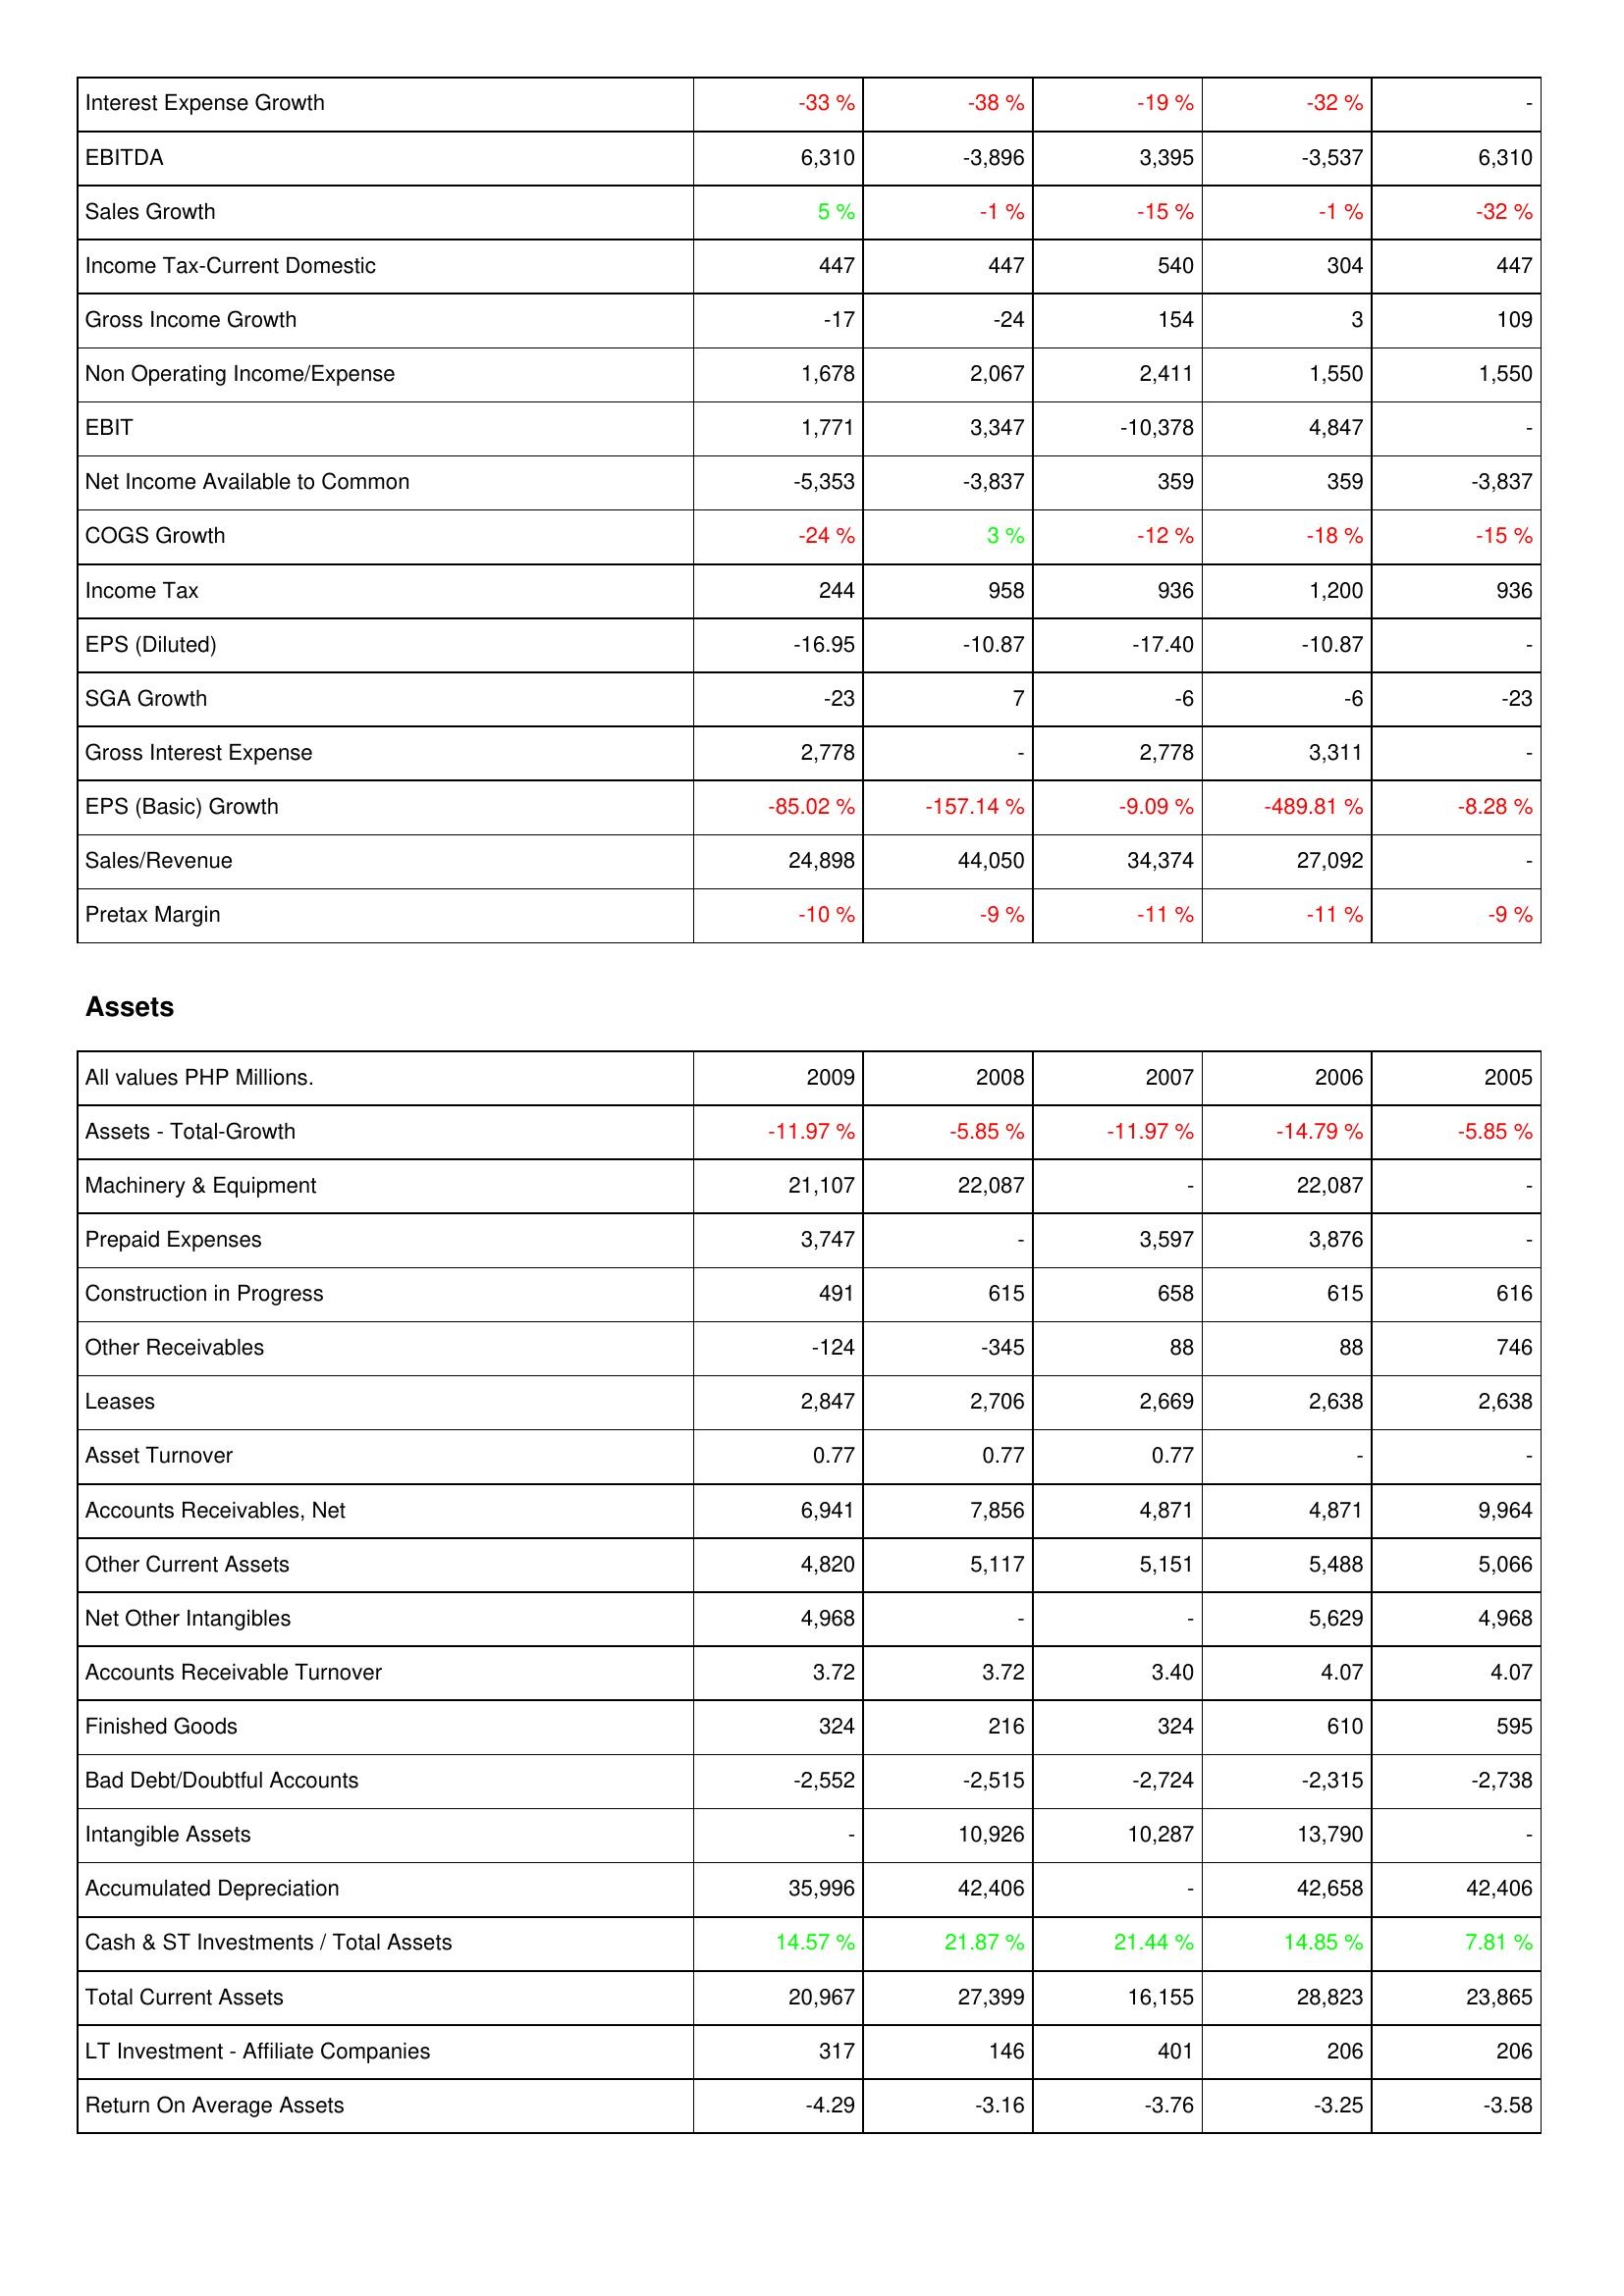
2009: Income Statement: Interest Expense Growth: -33 %
EBITDA: 6,310
Sales Growth: 5 %
Income Tax-Current Domestic: 447
Gross Income Growth: -17
Non Operating Income/Expense: 1,678
EBIT: 1,771
Net Income Available to Common: -5,353
COGS Growth: -24 %
Income Tax: 244
EPS (Diluted): -16.95
SGA Growth: -23
Gross Interest Expense: 2,778
EPS (Basic) Growth: -85.02 %
Sales/Revenue: 24,898
Pretax Margin: -10 %
Assets: Assets - Total-Growth: -11.97 %
Machinery & Equipment: 21,107
Prepaid Expenses: 3,747
Construction in Progress: 491
Other Receivables: -124
Leases: 2,847
Asset Turnover: 0.77
Accounts Receivables, Net: 6,941
Other Current Assets: 4,820
Net Other Intangibles: 4,968
Accounts Receivable Turnover: 3.72
Finished Goods: 324
Bad Debt/Doubtful Accounts: -2,552
Intangible Assets: -
Accumulated Depreciation: 35,996
Cash & ST Investments / Total Assets: 14.57 %
Total Current Assets: 20,967
LT Investment - Affiliate Companies: 317
Return On Average Assets: -4.29
2008: Income Statement: Interest Expense Growth: -38 %
EBITDA: -3,896
Sales Growth: -1 %
Income Tax-Current Domestic: 447
Gross Income Growth: -24
Non Operating Income/Expense: 2,067
EBIT: 3,347
Net Income Available to Common: -3,837
COGS Growth: 3 %
Income Tax: 958
EPS (Diluted): -10.87
SGA Growth: 7
Gross Interest Expense: -
EPS (Basic) Growth: -157.14 %
Sales/Revenue: 44,050
Pretax Margin: -9 %
Assets: Assets - Total-Growth: -5.85 %
Machinery & Equipment: 22,087
Prepaid Expenses: -
Construction in Progress: 615
Other Receivables: -345
Leases: 2,706
Asset Turnover: 0.77
Accounts Receivables, Net: 7,856
Other Current Assets: 5,117
Net Other Intangibles: -
Accounts Receivable Turnover: 3.72
Finished Goods: 216
Bad Debt/Doubtful Accounts: -2,515
Intangible Assets: 10,926
Accumulated Depreciation: 42,406
Cash & ST Investments / Total Assets: 21.87 %
Total Current Assets: 27,399
LT Investment - Affiliate Companies: 146
Return On Average Assets: -3.16
2007: Income Statement: Interest Expense Growth: -19 %
EBITDA: 3,395
Sales Growth: -15 %
Income Tax-Current Domestic: 540
Gross Income Growth: 154
Non Operating Income/Expense: 2,411
EBIT: -10,378
Net Income Available to Common: 359
COGS Growth: -12 %
Income Tax: 936
EPS (Diluted): -17.40
SGA Growth: -6
Gross Interest Expense: 2,778
EPS (Basic) Growth: -9.09 %
Sales/Revenue: 34,374
Pretax Margin: -11 %
Assets: Assets - Total-Growth: -11.97 %
Machinery & Equipment: -
Prepaid Expenses: 3,597
Construction in Progress: 658
Other Receivables: 88
Leases: 2,669
Asset Turnover: 0.77
Accounts Receivables, Net: 4,871
Other Current Assets: 5,151
Net Other Intangibles: -
Accounts Receivable Turnover: 3.40
Finished Goods: 324
Bad Debt/Doubtful Accounts: -2,724
Intangible Assets: 10,287
Accumulated Depreciation: -
Cash & ST Investments / Total Assets: 21.44 %
Total Current Assets: 16,155
LT Investment - Affiliate Companies: 401
Return On Average Assets: -3.76
2006: Income Statement: Interest Expense Growth: -32 %
EBITDA: -3,537
Sales Growth: -1 %
Income Tax-Current Domestic: 304
Gross Income Growth: 3
Non Operating Income/Expense: 1,550
EBIT: 4,847
Net Income Available to Common: 359
COGS Growth: -18 %
Income Tax: 1,200
EPS (Diluted): -10.87
SGA Growth: -6
Gross Interest Expense: 3,311
EPS (Basic) Growth: -489.81 %
Sales/Revenue: 27,092
Pretax Margin: -11 %
Assets: Assets - Total-Growth: -14.79 %
Machinery & Equipment: 22,087
Prepaid Expenses: 3,876
Construction in Progress: 615
Other Receivables: 88
Leases: 2,638
Asset Turnover: -
Accounts Receivables, Net: 4,871
Other Current Assets: 5,488
Net Other Intangibles: 5,629
Accounts Receivable Turnover: 4.07
Finished Goods: 610
Bad Debt/Doubtful Accounts: -2,315
Intangible Assets: 13,790
Accumulated Depreciation: 42,658
Cash & ST Investments / Total Assets: 14.85 %
Total Current Assets: 28,823
LT Investment - Affiliate Companies: 206
Return On Average Assets: -3.25
2005: Income Statement: Interest Expense Growth: -
EBITDA: 6,310
Sales Growth: -32 %
Income Tax-Current Domestic: 447
Gross Income Growth: 109
Non Operating Income/Expense: 1,550
EBIT: -
Net Income Available to Common: -3,837
COGS Growth: -15 %
Income Tax: 936
EPS (Diluted): -
SGA Growth: -23
Gross Interest Expense: -
EPS (Basic) Growth: -8.28 %
Sales/Revenue: -
Pretax Margin: -9 %
Assets: Assets - Total-Growth: -5.85 %
Machinery & Equipment: -
Prepaid Expenses: -
Construction in Progress: 616
Other Receivables: 746
Leases: 2,638
Asset Turnover: -
Accounts Receivables, Net: 9,964
Other Current Assets: 5,066
Net Other Intangibles: 4,968
Accounts Receivable Turnover: 4.07
Finished Goods: 595
Bad Debt/Doubtful Accounts: -2,738
Intangible Assets: -
Accumulated Depreciation: 42,406
Cash & ST Investments / Total Assets: 7.81 %
Total Current Assets: 23,865
LT Investment - Affiliate Companies: 206
Return On Average Assets: -3.58